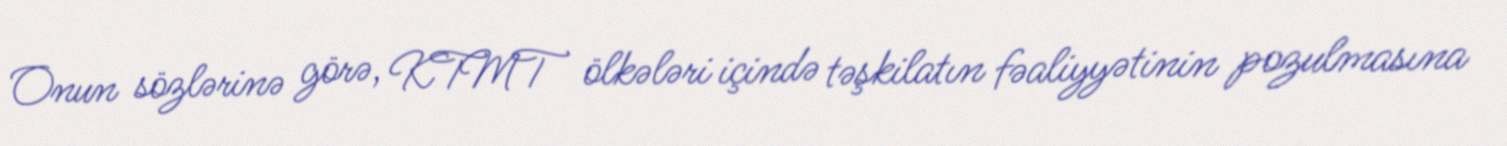
Onun sözlərinə görə, KTMT ölkələri içində təşkilatın fəaliyyətinin pozulmasına